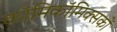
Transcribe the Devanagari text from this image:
काॅमिकॉमिक्सकों